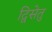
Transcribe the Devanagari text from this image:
द्विसेतु